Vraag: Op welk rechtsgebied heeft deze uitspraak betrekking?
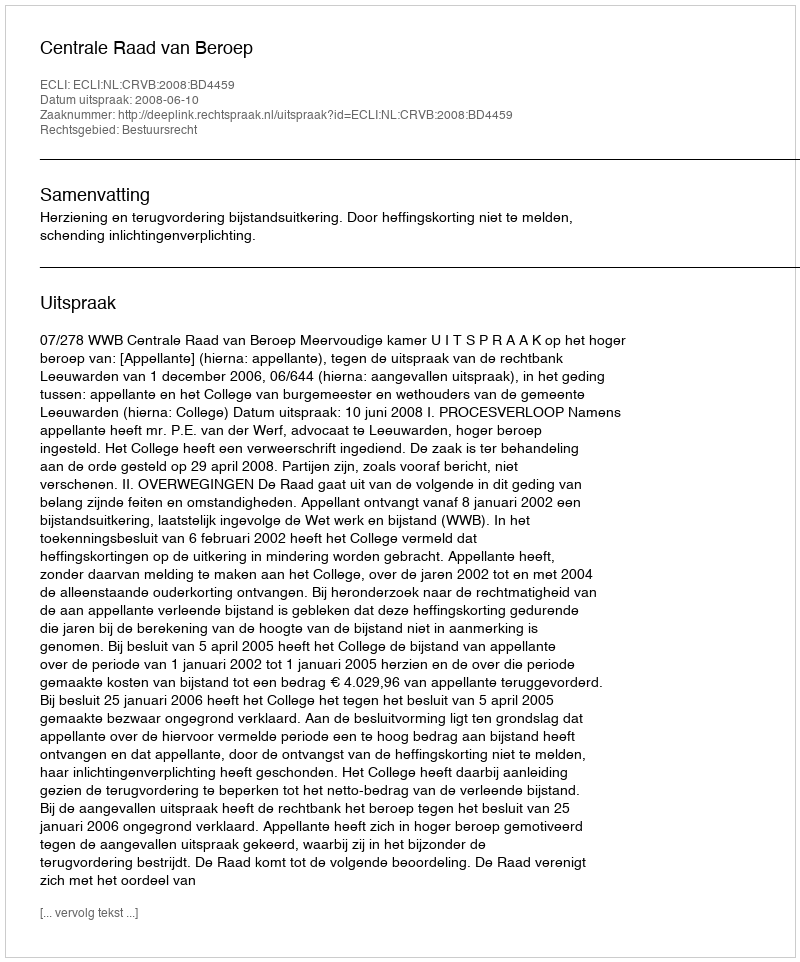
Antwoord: Bestuursrecht